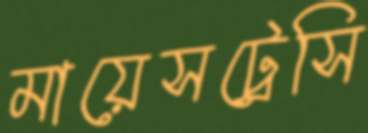
মায়েসট্রেসি